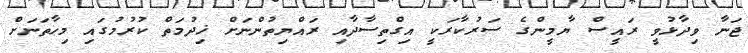
ޖަނާ ވިދާޅުވީ ރައީސް ޔާމީންގެ ސަރުކާރަކީ އިގްތިސާދާއި ރައްޔިތުންނަށް ޚިދުމަތް ކުރުމުގައި މިހާތަނަށް